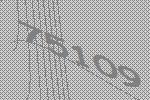
75109